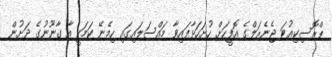
ޕްރޮސިކިއުޓަ ޖެނެރަލްގެ އޮފީހަށް ހުށަހަޅާފައިވާ މައްސަލައިގައި ހިމެނޭ ކަމަކީ އާ ގާނޫނުގެ ދަށުން